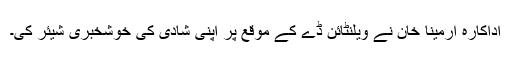
اداکارہ ارمینا خان نے ویلنٹائن ڈے کے موقع پر اپنی شادی کی خوشخبری شیئر کی۔